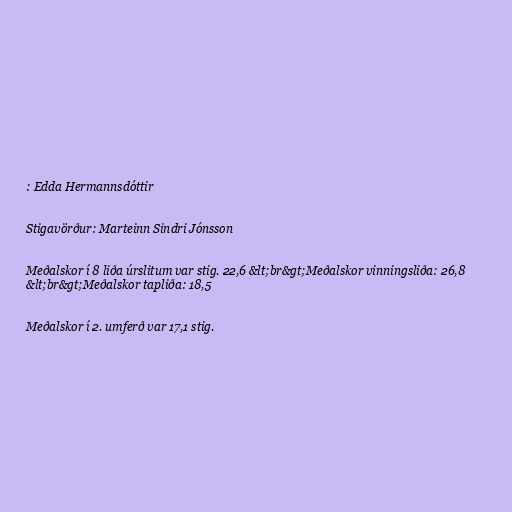
: Edda Hermannsdóttir

Stigavörður: Marteinn Sindri Jónsson

Meðalskor í 8 liða úrslitum var stig. 22,6 &lt;br&gt;Meðalskor vinningsliða: 26,8
&lt;br&gt;Meðalskor tapliða: 18,5

Meðalskor í 2. umferð var 17,1 stig.